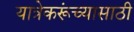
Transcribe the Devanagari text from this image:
यात्रेकरूंच्यासाठी